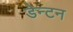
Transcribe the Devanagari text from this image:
डेन्टन